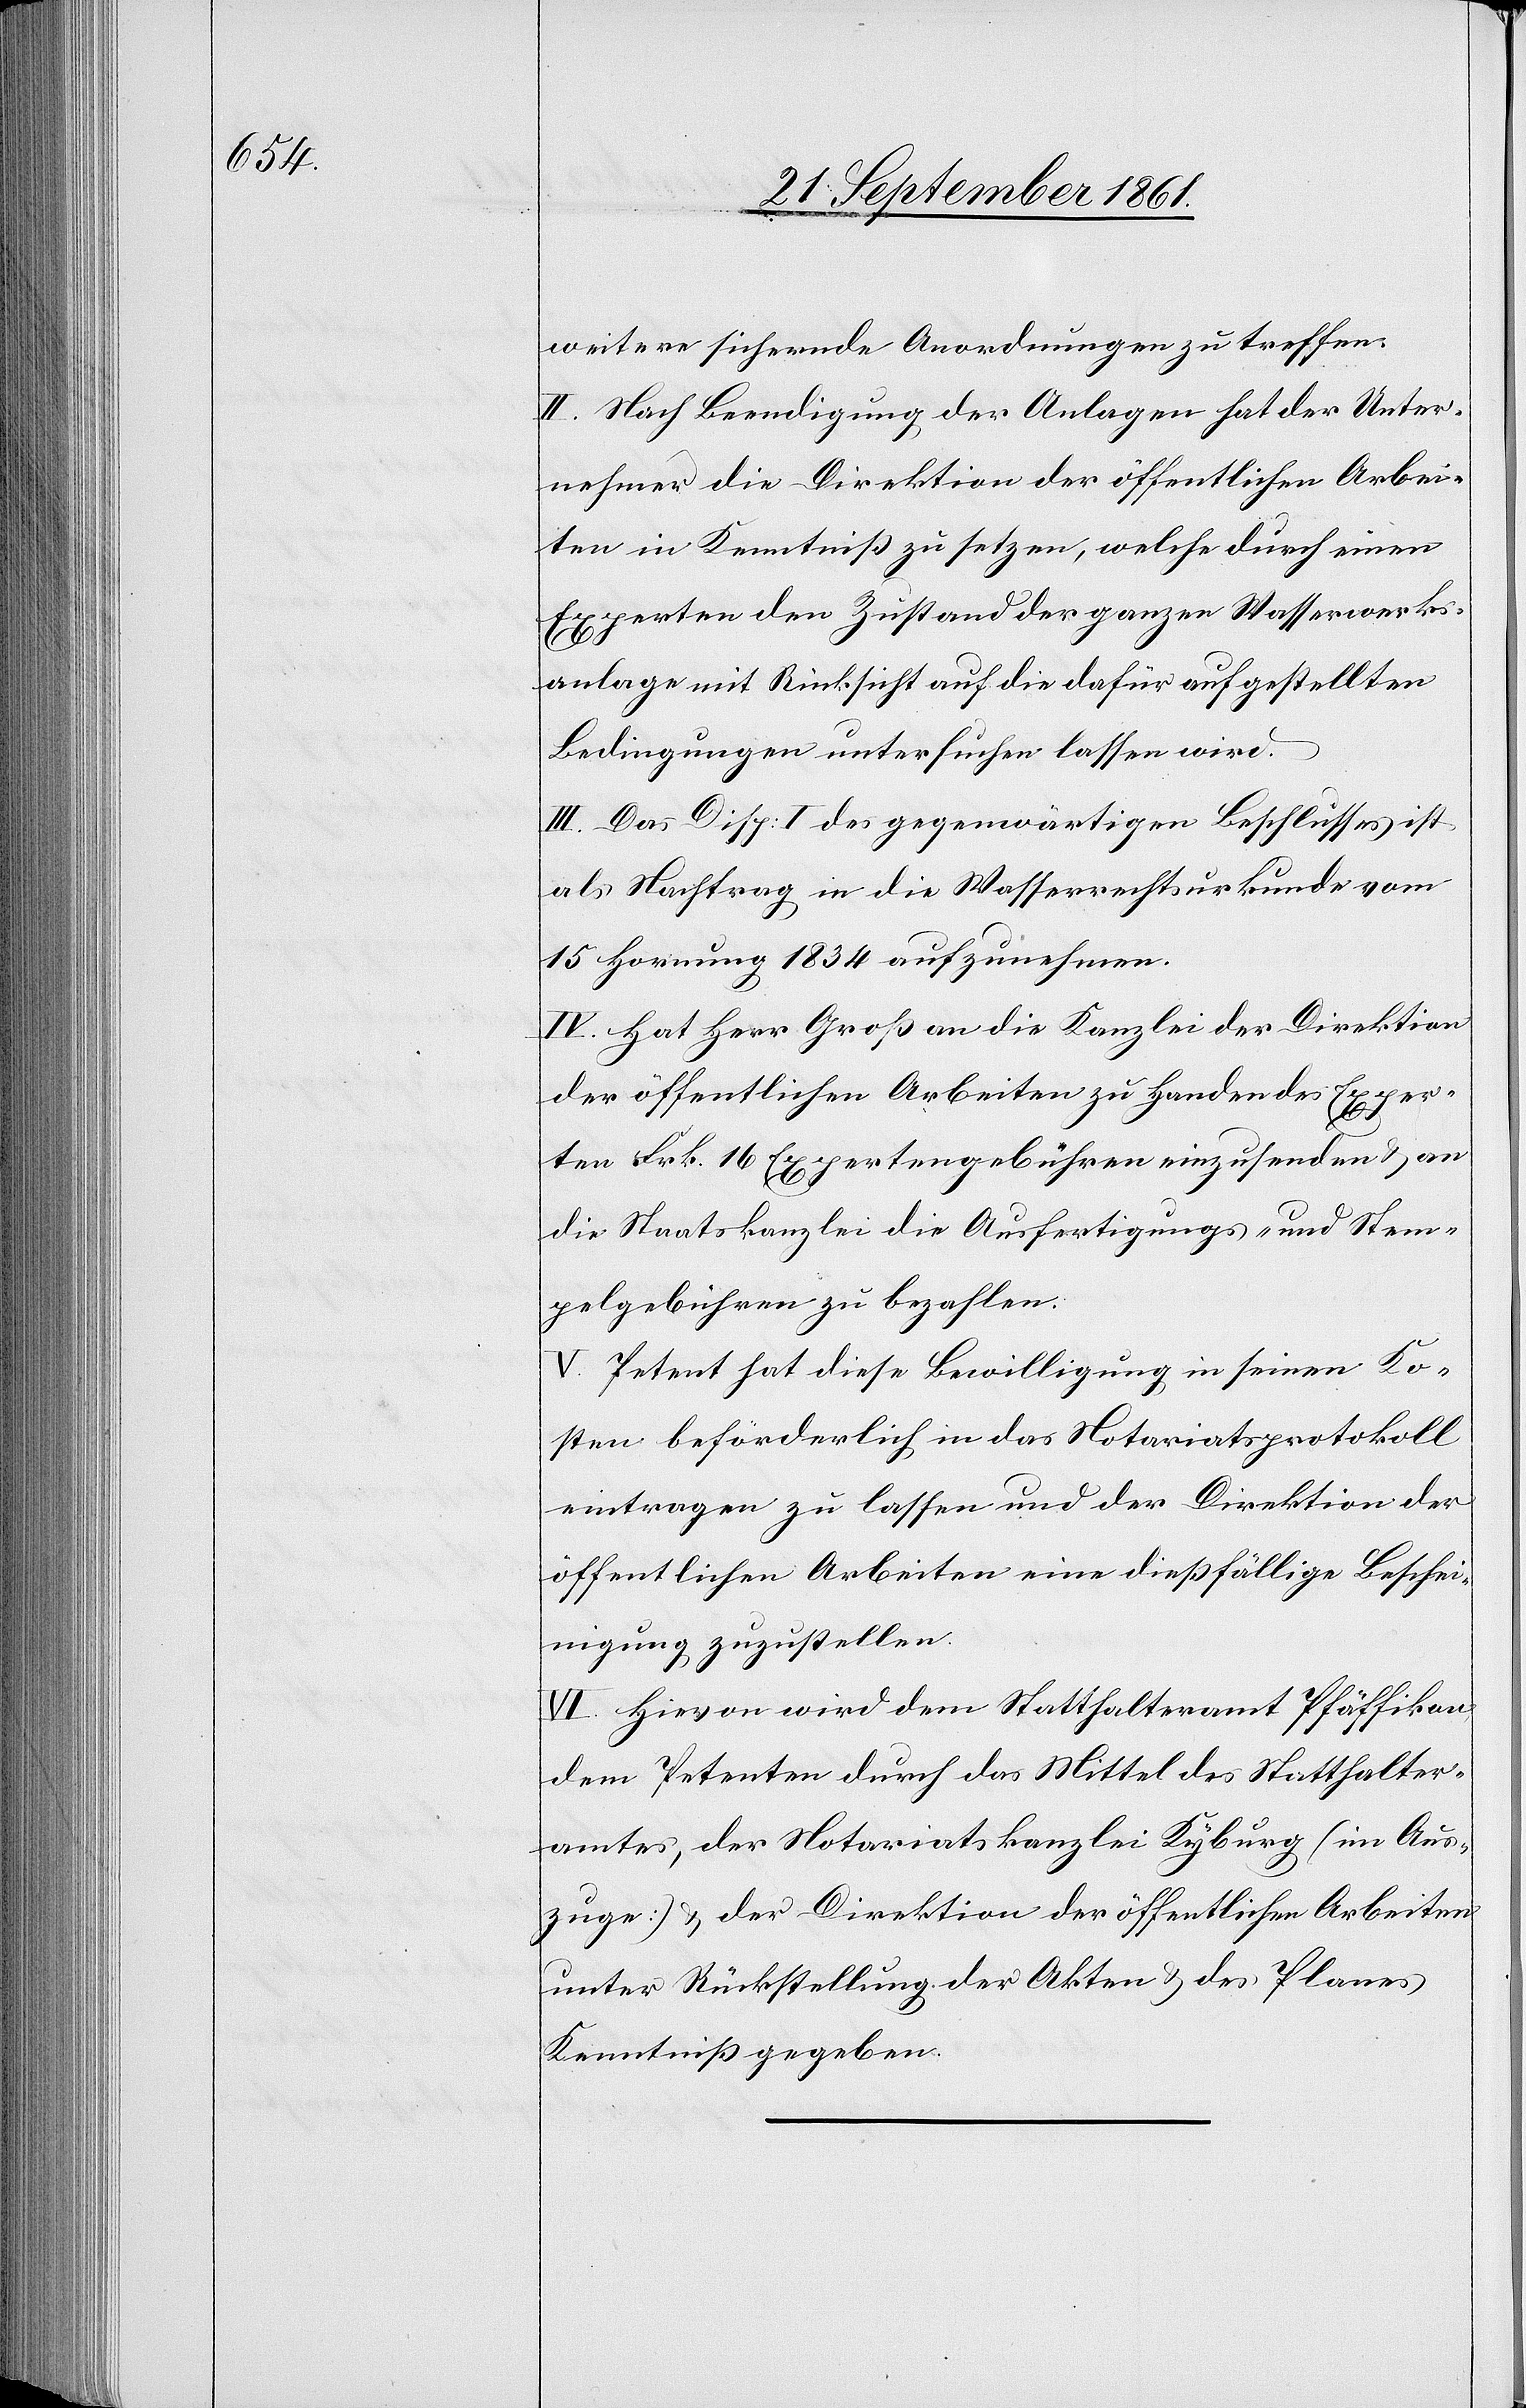
weitere sichernde Anordnungen zu treffen.
II. Nach Beendigung der Anlagen hat der Unter¬
nehmer die Direktion der öffentlichen Arbei¬
Arbeiten in Kenntniß zu setzen, welche durch einen
Experten den Zustand der ganzen Wasserwerks¬
ten
anlage mit Rücksicht auf die dafür aufgestellten
Bedingungen untersuchen lassen wird.
III. Das Disp. I des gegenwärtigen Beschlusses ist
als Nachtrag in die Wasserrechtsurkunde vom
15 Hornung 1834 aufzunehmen.
IV. Hat Herr Groß an die Kanzlei der Direktion
der öffentlichen Arbeiten zu Handen des Exper¬
ten Frk. 16 Expertengebühren einzusenden u. an
die Staatskanzlei die Ausfertigungs- u. Stem¬
pelgebühren zu bezahlen.
V. Petent hat diese Bewilligung in seinen Ko¬
sten beförderlich in das Notariatsprotokoll
eintragen zu lassen und der Direktion der
öffentlichen Arbeiten eine diesfällige Beschei¬
nigung zuzustellen.
VI. Hievon wird dem Statthalteramt Pfäffikon,
dem Petenten durch das Mittel des Statthalter¬
amtes, der Notariatskanzlei Kyburg (im Aus¬
zuge) u. der Direktion der öffentlichen Arbeiten
unter Rückstellung der Akten u. des Planes
Kenntniß gegeben.